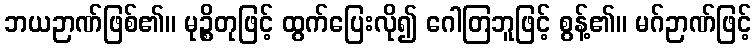
ဘယဉာဏ်ဖြစ်၏။ မုဉ္စိတုဖြင့် ထွက်ပြေးလို၍ ဂေါတြဘူဖြင့် စွန့်၏။ မဂ်ဉာဏ်ဖြင့်